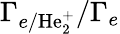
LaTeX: \Gamma_{e/\mathrm{He_{2}^{+}}}/\Gamma_{e}